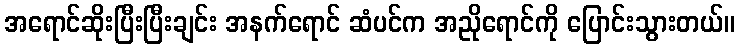
အရောင်ဆိုးပြီးပြီးချင်း အနက်ရောင် ဆံပင်က အညိုရောင်ကို ပြောင်းသွားတယ်။